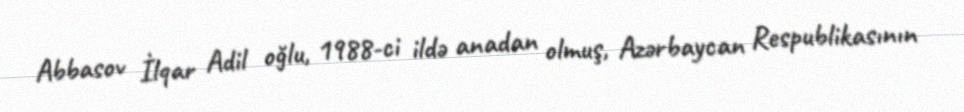
Abbasov İlqar Adil oğlu, 1988-ci ildə anadan olmuş, Azərbaycan Respublikasının